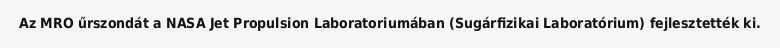
Az MRO űrszondát a NASA Jet Propulsion Laboratoriumában (Sugárfizikai Laboratórium) fejlesztették ki.